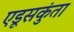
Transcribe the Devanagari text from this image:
एडूसकुंता